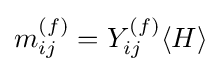
m_{ij}^{(f)}=Y_{ij}^{(f)}\langle H\rangle